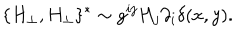
LaTeX: \{ H _ { \perp } , H _ { \perp } \} ^ { * } \sim g ^ { i j } H _ { j } \partial _ { i } \delta ( x , y ) .